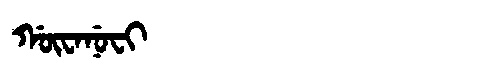
Manchu: ᡤᡡᠸᠠᠨᡠᠸᡳ
Romanization: GŪWANUFI